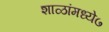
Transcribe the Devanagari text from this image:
शाळांमध्ये७